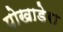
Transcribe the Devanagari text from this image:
पोखाडेरा